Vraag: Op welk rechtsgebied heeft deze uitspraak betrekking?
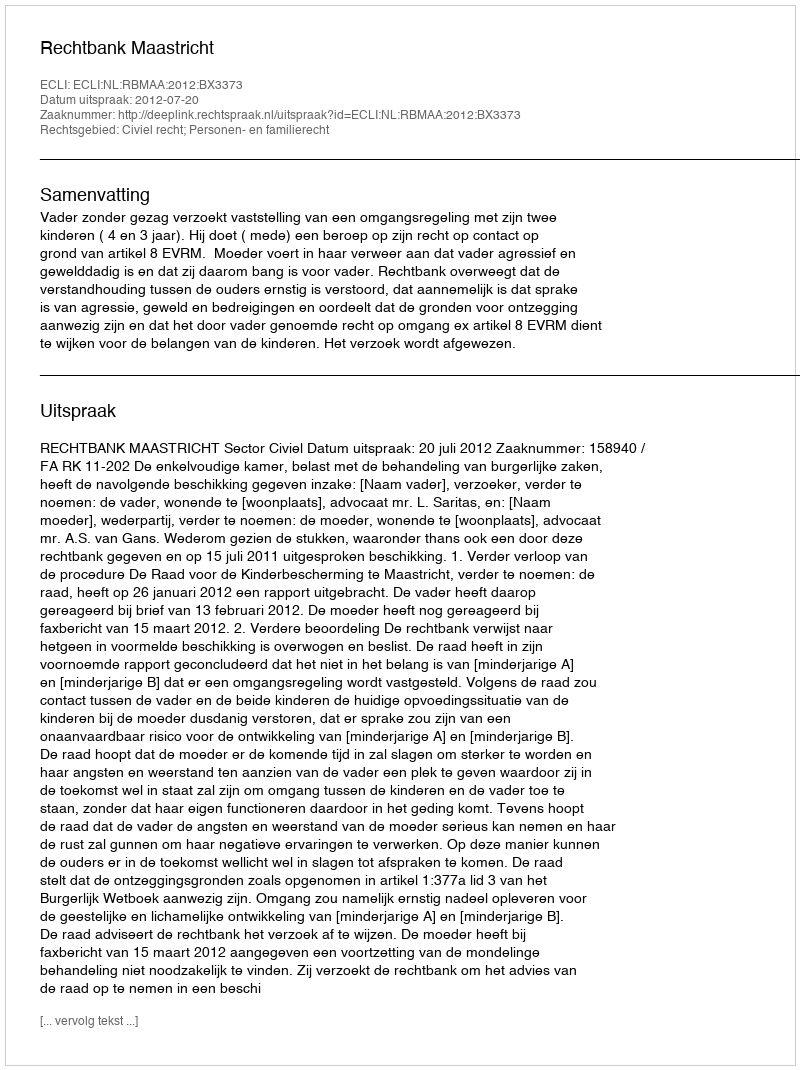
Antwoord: Civiel recht; Personen- en familierecht